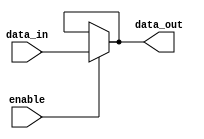
module Buffer_with_enable (
    input wire data_in,
    input wire enable,
    output wire data_out
);
    
    assign data_out = enable ? data_in : data_out;
    
endmodule